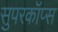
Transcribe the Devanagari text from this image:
सुपरकॉप्स